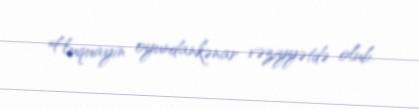
Huquayin oyundankənar vəziyyətdə olub.